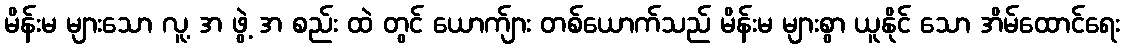
မိန်းမ များသော လူ့ အ ဖွဲ့ အ စည်း ထဲ တွင် ယောက်ျား တစ်ယောက်သည် မိန်းမ များစွာ ယူနိုင် သော အိမ်ထောင်ရေး